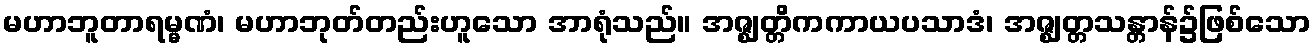
မဟာဘူတာရမ္မဏံ၊ မဟာဘုတ်တည်းဟူသော အာရုံသည်။ အဇ္ဈတ္တိကကာယပသာဒံ၊ အဇ္ဈတ္တသန္တာန်၌ဖြစ်သော